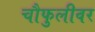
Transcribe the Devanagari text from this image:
चौफुलीवर